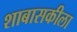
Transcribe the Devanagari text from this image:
शाबासकीला